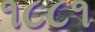
૧૮૮૧